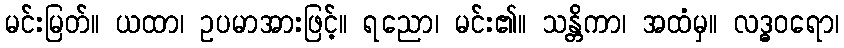
မင်းမြတ်။ ယထာ၊ ဥပမာအားဖြင့်။ ရညော၊ မင်း၏။ သန္တိကာ၊ အထံမှ။ လဒ္ဓဝရော၊